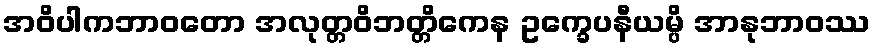
အဝိပါကဘာဝတော အလုတ္တဝိဘတ္တိကေန ဥက္ခေပနီယမ္ပိ အာနုဘာဝဿ